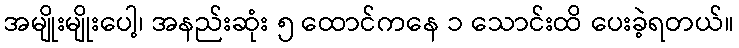
အမျိုးမျိုးပေါ့၊ အနည်းဆုံး ၅ ထောင်ကနေ ၁ သောင်းထိ ပေးခဲ့ရတယ်။